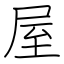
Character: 屋